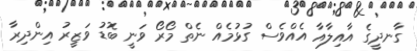
ގާނދީގެ އާއިލާއާ އެއްވެސް ގުޅުމެއް ނެތް މޯރޯ ވަނީ ބޮޑު ވަޒީރު އިންދިރާ